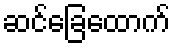
ဆင်ခြေထောက်